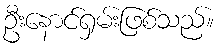
ဦးနောင်ရှမ်းဖြစ်သည်။